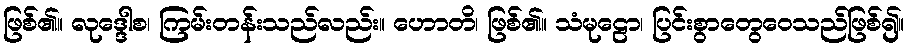
ဖြစ်၏။ လုဒ္ဒေါစ၊ ကြမ်းတန်းသည်လည်း။ ဟောတိ၊ ဖြစ်၏။ သံမုဠော၊ ပြင်းစွာတွေဝေသည်ဖြစ်၍။